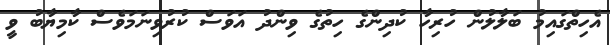
އެހިތްގައިމު ބަލާލުން ހުރިހާ ކުދިންގެ ހިތުގެ ވިންދު އަވަސް ކުރުވިނަމަވެސް ކާމިޔާބު ވީ